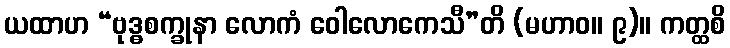
ယထာဟ “ဗုဒ္ဓစက္ခုနာ လောကံ ဝေါလောကေသီ”တိ (မဟာဝ။ ၉)။ ကတ္ထစိ